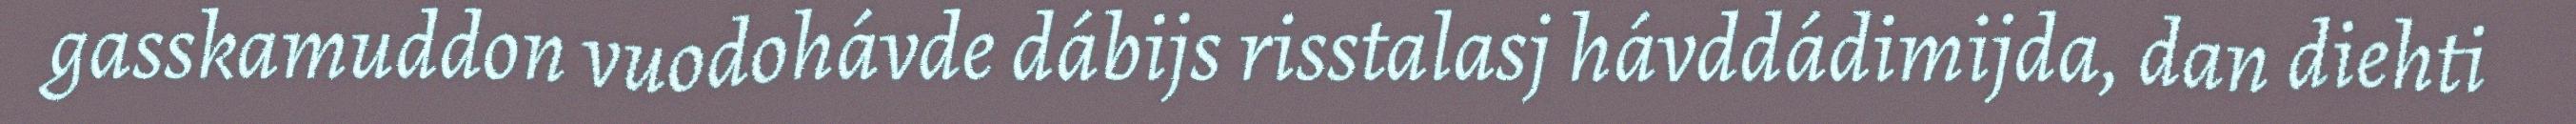
gasskamuddon vuodohávde dábijs risstalasj hávddádimijda, dan diehti